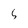
Character: 5